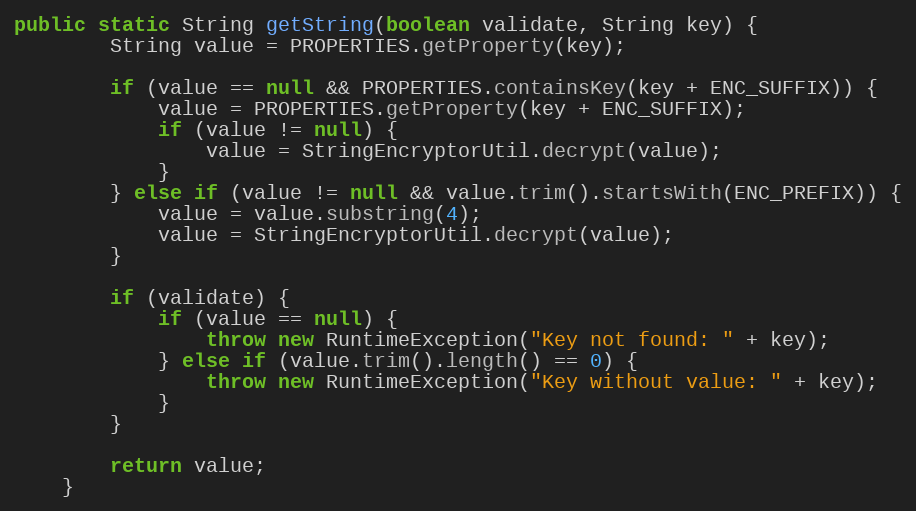
Language: Java
public static String getString(boolean validate, String key) {
		String value = PROPERTIES.getProperty(key);

		if (value == null && PROPERTIES.containsKey(key + ENC_SUFFIX)) {
			value = PROPERTIES.getProperty(key + ENC_SUFFIX);
			if (value != null) {
				value = StringEncryptorUtil.decrypt(value);
			}
		} else if (value != null && value.trim().startsWith(ENC_PREFIX)) {
			value = value.substring(4);
			value = StringEncryptorUtil.decrypt(value);
		}

		if (validate) {
			if (value == null) {
				throw new RuntimeException("Key not found: " + key);
			} else if (value.trim().length() == 0) {
				throw new RuntimeException("Key without value: " + key);
			}
		}

		return value;
	}